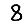
Digit: 8